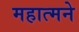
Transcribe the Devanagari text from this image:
महात्मने